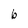
Character: b